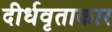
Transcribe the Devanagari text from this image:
दीर्धवृताकार